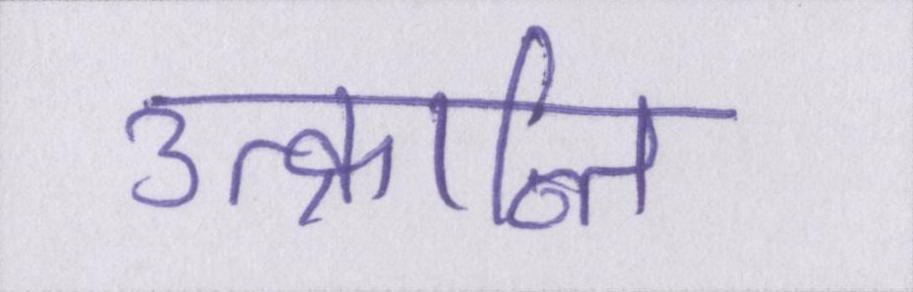
उत्क्रान्ति